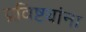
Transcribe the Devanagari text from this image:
प्रविष्ट्यांना